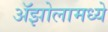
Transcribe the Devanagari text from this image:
ॲझोलामध्ये